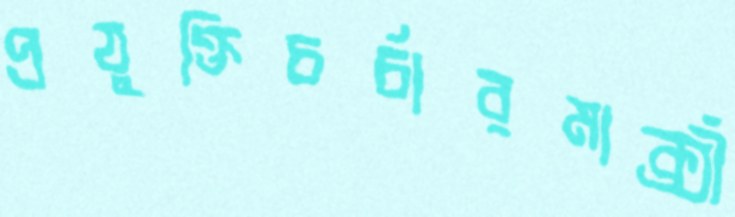
প্রযুক্তিচর্চারমার্ক্সী